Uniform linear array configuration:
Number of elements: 64
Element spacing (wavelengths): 0.5
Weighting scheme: blackman
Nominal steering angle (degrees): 60
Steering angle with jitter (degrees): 60.969
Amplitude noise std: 0.05
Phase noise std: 0.05

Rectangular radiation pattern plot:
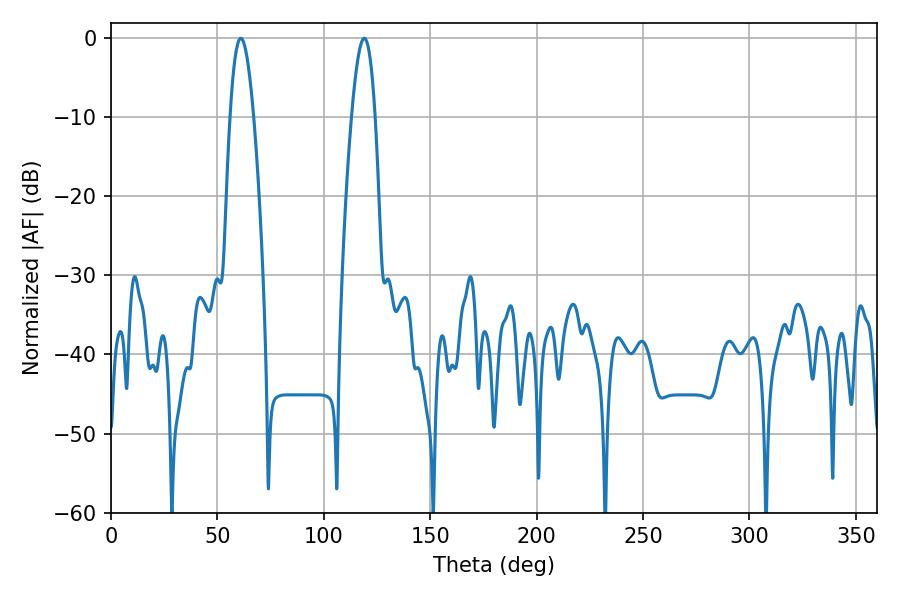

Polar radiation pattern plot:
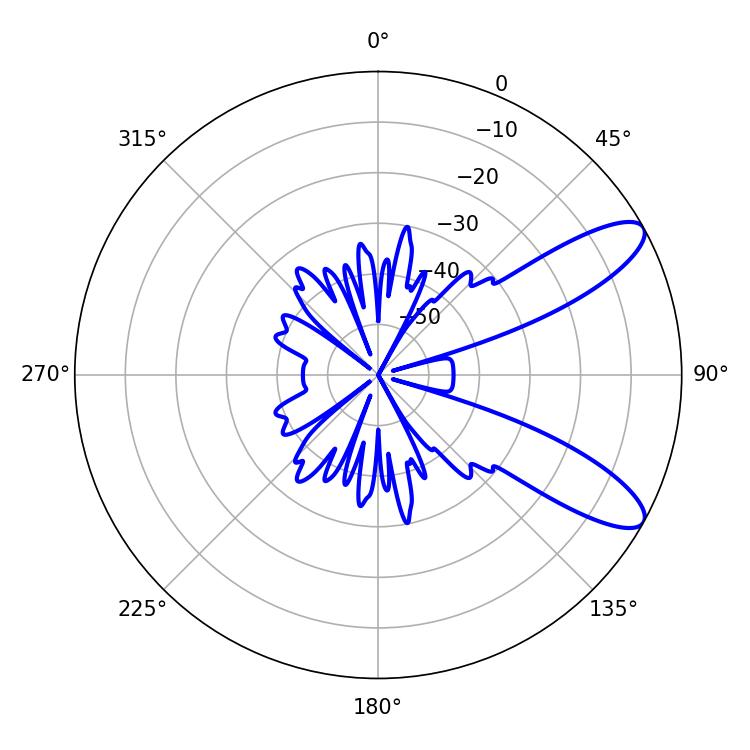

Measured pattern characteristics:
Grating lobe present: FALSE
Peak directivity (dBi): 9.985
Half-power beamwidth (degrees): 5.94
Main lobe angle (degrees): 61.02